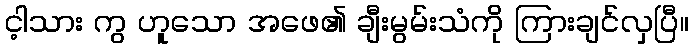
င့ါသား ကွ ဟူသော အဖေ၏ ချီးမွမ်းသံကို ကြားချင်လှပြီ။